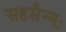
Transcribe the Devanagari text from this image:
सहसैन्यः